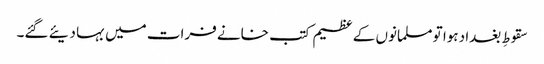
سقوطِ بغداد ہوا تو مسلمانوں کے عظیم کتب خانے فرات میں بہا دیئے گئے۔